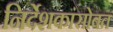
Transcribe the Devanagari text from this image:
निर्देशकांसोबत